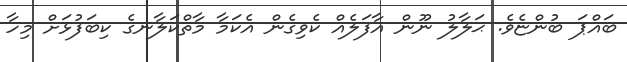
ބައްޕަ ބުންޏެވެ. ޙަލާލު ނޫން އާފަލެއް ކެވިގެން އެކަމާ މާތްކަލާނގެ ކިބަފުޅަށް މިހާ